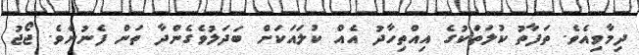
ދިމާވިއެވެ. ތަފާތު ކުލަތަކުގެ އިއްތިހާދު އެއް ކުލައަކަށް ބަދަލުވެގެންދާ ތަން ފެނުނެވެ. ޖޯޖު